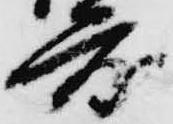
度